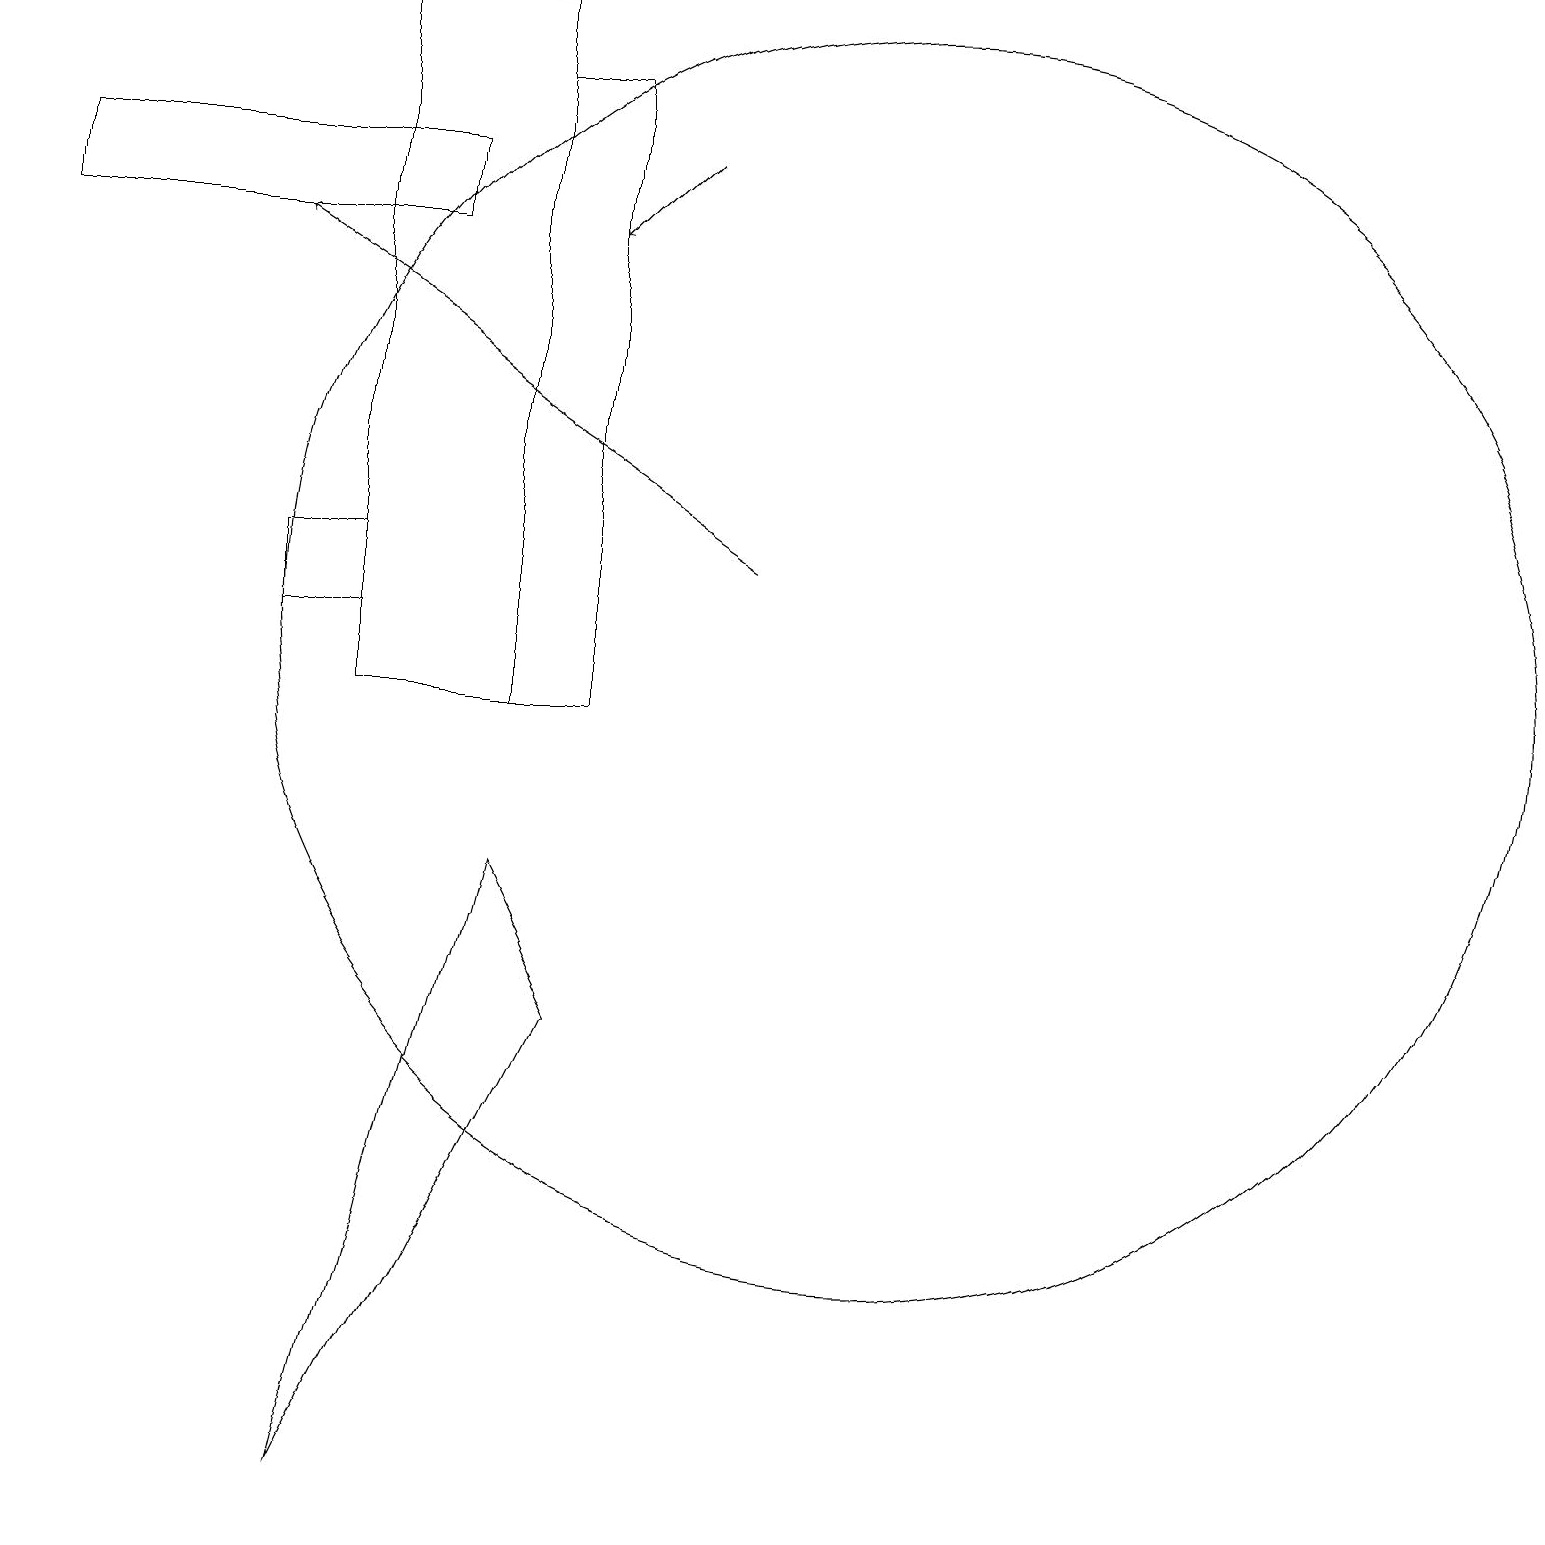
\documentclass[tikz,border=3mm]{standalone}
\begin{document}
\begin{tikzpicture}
\draw (7,18) rectangle (6,10);
\draw[->] (8,17) -- (7,16);
\draw (4,19) rectangle (6,10);
\draw (6,8) -- (4,0) -- (7,6) -- cycle;
\draw (5,17) rectangle (0,16);
\draw (3,12) rectangle (4,11);
\draw (11,11) circle (8);
\draw[->] (9,12) -- (3,16);
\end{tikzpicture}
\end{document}